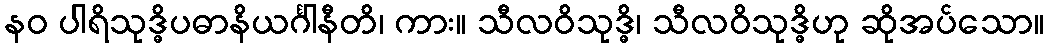
နဝ ပါရိသုဒ္ဓိပဓာနိယင်္ဂါနီတိ၊ ကား။ သီလဝိသုဒ္ဓိ၊ သီလဝိသုဒ္ဓိဟု ဆိုအပ်သော။